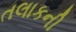
તલાકની